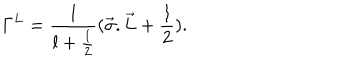
{ \Gamma } ^ { L } = { \frac { 1 } { l + \frac { 1 } { 2 } } } ( { \vec { \sigma } . \vec { L } } + \frac { 1 } { 2 } ) .